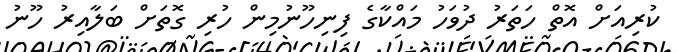
ކުރިއަށް އޮތް ހަތަރު ދުވަހު މައްކާގެ ފިނިހޫނުމިން ހުރި ގޮތަށް ބަލާއިރު ހޫނު